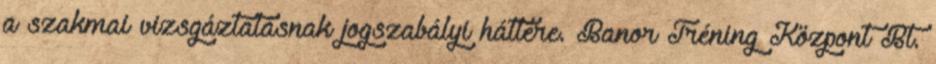
a szakmai vizsgáztatásnak jogszabályi háttere. Banor Tréning Központ Bt.